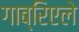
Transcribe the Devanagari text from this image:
गाब्रिएले